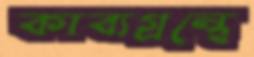
কাব্যগ্রন্থে